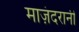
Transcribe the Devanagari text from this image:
माज़ंदरानी